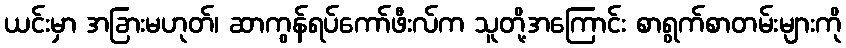
ယင်းမှာ အခြားမဟုတ်၊ ဆာကွန်ရပ်ကော်ဖီးလ်က သူတို့အကြောင်း စာရွက်စာတမ်းများကို